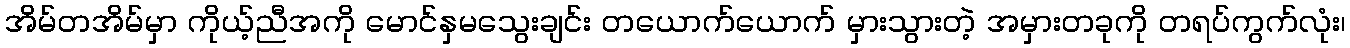
အိမ်တအိမ်မှာ ကိုယ့်ညီအကို မောင်နှမသွေးချင်း တယောက်ယောက် မှားသွားတဲ့ အမှားတခုကို တရပ်ကွက်လုံး၊